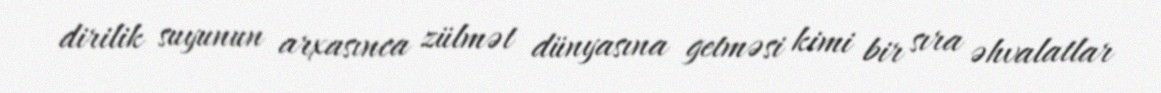
dirilik suyunun arxasınca zülmət dünyasına getməsi kimi bir sıra əhvalatlar